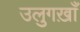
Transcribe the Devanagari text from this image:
उलुगख़ाँ